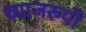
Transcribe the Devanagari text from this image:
व्याजरुपी